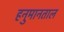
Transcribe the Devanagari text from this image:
हनुमानताल